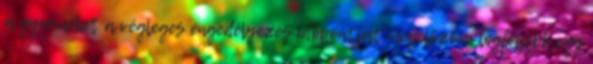
a gyermeket a végleges engedélyezés időpontját megelőzően legfeljebb egy